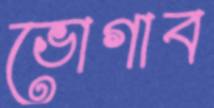
ভোগাব